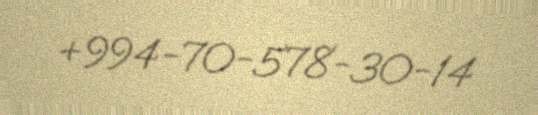
+994-70-578-30-14